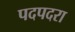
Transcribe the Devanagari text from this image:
पदपदरा